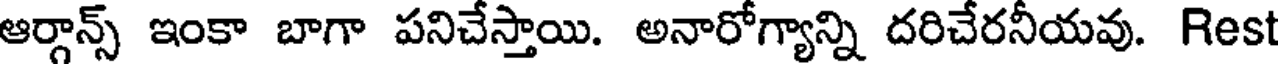
ఆర్గాన్స్ ఇంకా బాగా పనిచేస్తాయి. అనారోగ్యాన్ని దరిచేరనీయవు. Rest